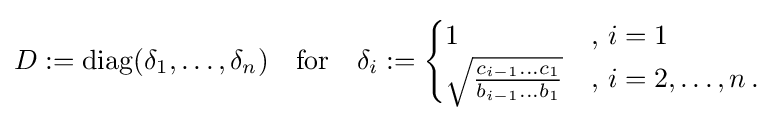
D:=\operatorname {diag} (\delta _{1},\dots ,\delta _{n})\quad {\text{for}}\quad \delta _{i}:={\begin{cases}1&,\,i=1\\{\sqrt {\frac {c_{i-1}\dots c_{1}}{b_{i-1}\dots b_{1}}}}&,\,i=2,\dots ,n\,.\end{cases}}